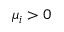
\mu _ { i } > 0